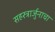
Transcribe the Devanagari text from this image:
सहस्त्रार्जुनाचा